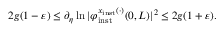
2 g ( 1 - \varepsilon ) \le \partial _ { \eta } \ln \vert \varphi _ { \mathrm { i n s t } } ^ { x _ { \mathrm { i n s t } } ( \cdot ) } ( 0 , L ) \vert ^ { 2 } \le 2 g ( 1 + \varepsilon ) .